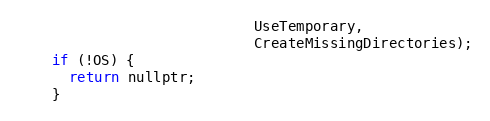
Language: C
                            UseTemporary,
                            CreateMissingDirectories);
    if (!OS) {
      return nullptr;
    }